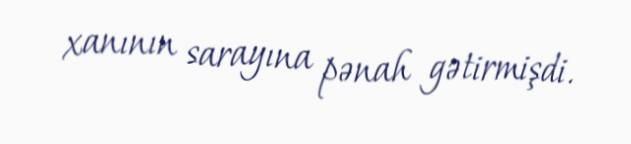
xanının sarayına pənah gətirmişdi.